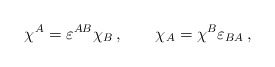
\begin{align*}\chi^A=\varepsilon^{AB}\chi_B\,,\qquad \chi_A= \chi^B\varepsilon_{BA}\,,\end{align*}